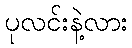
ပုလင်းနဲ့လား